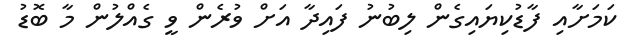
ކަމަށާއި ފާޑުކިޔައިގެން ލިބުނު ފައިދާ އަށް ވުރެން ވީ ގެއްލުން މާ ބޮޑު